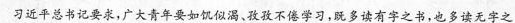
习近平总书记要求，广大青年要如饥似渴、孜孜不倦学习，既多读有字之书，也多读无字之